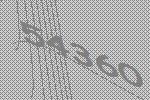
54360